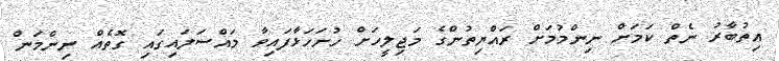
އިތުބާރު ނެތް ކަމަށް ނިންމުމަށް ރައްޔިތުންގެ މަޖިލީހަށް ހުށަހަޅާފައިވާ މައްސަލައިގައި ގޮތެއް ނިންމަން